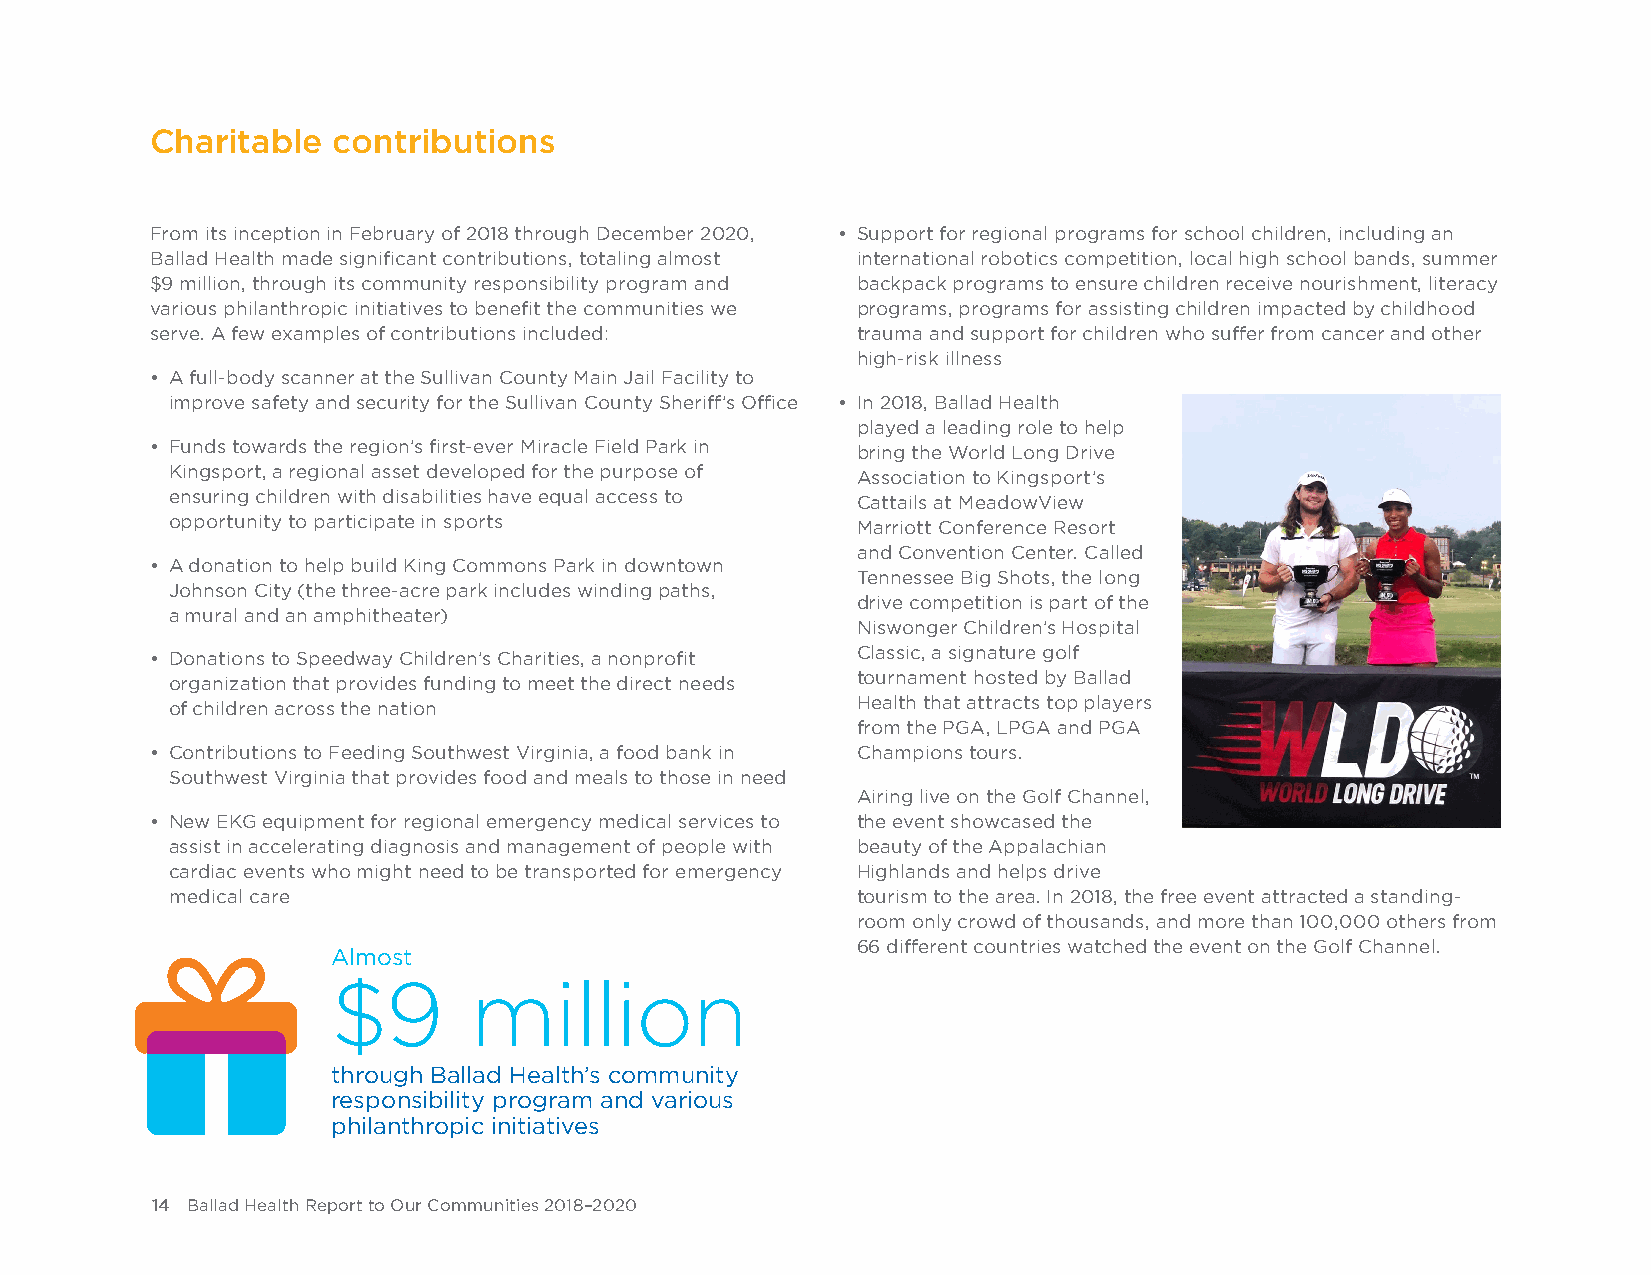
Charitable  contributions
 From its inception in February of 2018 through December 2020, • Support for regional programs for school children, including an
 Ballad Health made significant contributions, totaling almost international robotics competition, local high school bands, summer
 $9 million, through its community responsibility program and backpack programs to ensure children receive nourishment, literacy
 various philanthropic initiatives to benefit the communities we programs, programs for assisting children impacted by childhood
 serve. A few examples of contributions included: trauma and support for children who suffer from cancer and other
 high-risk illness
 • A full-body scanner at the Sullivan County Main Jail Facility to
 improve safety and security for the Sullivan County Sheriff’s Office • In 2018, Ballad Health
 played a leading role to help
 • Funds towards the region’s first-ever Miracle Field Park in bring the World Long Drive
 Kingsport, a regional asset developed for the purpose of Association to Kingsport’s
 ensuring children with disabilities have equal access to Cattails at MeadowView
 opportunity to participate in sports          Marriott Conference Resort
 and Convention Center. Called
 • A donation to help build King Commons Park in downtown
 Tennessee Big Shots, the long
 Johnson City (the three-acre park includes winding paths,
 drive competition is part of the
 a mural and an amphitheater)
 Niswonger Children’s Hospital
 Classic, a signature golf
 • Donations to Speedway Children’s Charities, a nonprofit
 tournament hosted by Ballad
 organization that provides funding to meet the direct needs
 Health that attracts top players
 of children across the nation
 from the PGA, LPGA and PGA
 • Contributions to Feeding Southwest Virginia, a food bank in Champions tours.
 Southwest Virginia that provides food and meals to those in need
 Airing live on the Golf Channel,
 • New EKG equipment for regional emergency medical services to the event showcased the
 assist in accelerating diagnosis and management of people with beauty of the Appalachian
 cardiac events who might need to be transported for emergency Highlands and helps drive
 medical care                                  tourism to the area. In 2018, the free event attracted a standing-
 room only crowd of thousands, and more than 100,000 others from
 66 different countries watched the event on the Golf Channel.
 Almost
 $9       million
 through Ballad Health’s community
 responsibility program and various
 philanthropic initiatives
 14 Ballad Health Report to Our Communities 2018–2020